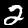
Label: 2